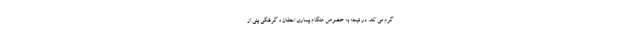
گرم می کند. در نتیجه به خصوص هنگام بیماری احتقان و گرفتگی بینی از